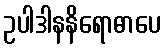
ဥပါဒါနနိရောဓာပေ